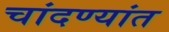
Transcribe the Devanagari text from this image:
चांदण्यांत